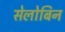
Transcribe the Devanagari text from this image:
सेलोबिन